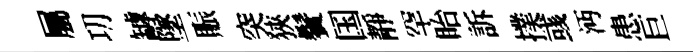
屬㓛罅墜賑突狹鬢国靜罕眙訴撲彧沔患巨